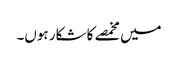
میں مخمصے کا شکار ہوں۔